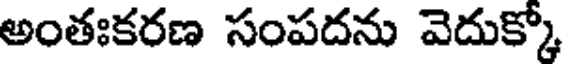
అంతఃకరణ సంపదను వెదుక్కో